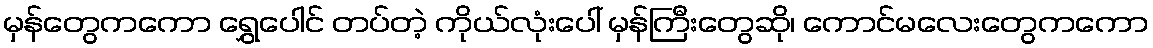
မှန်တွေကကော ရွှေပေါင် တပ်တဲ့ ကိုယ်လုံးပေါ် မှန်ကြီးတွေဆို၊ ကောင်မလေးတွေကကော